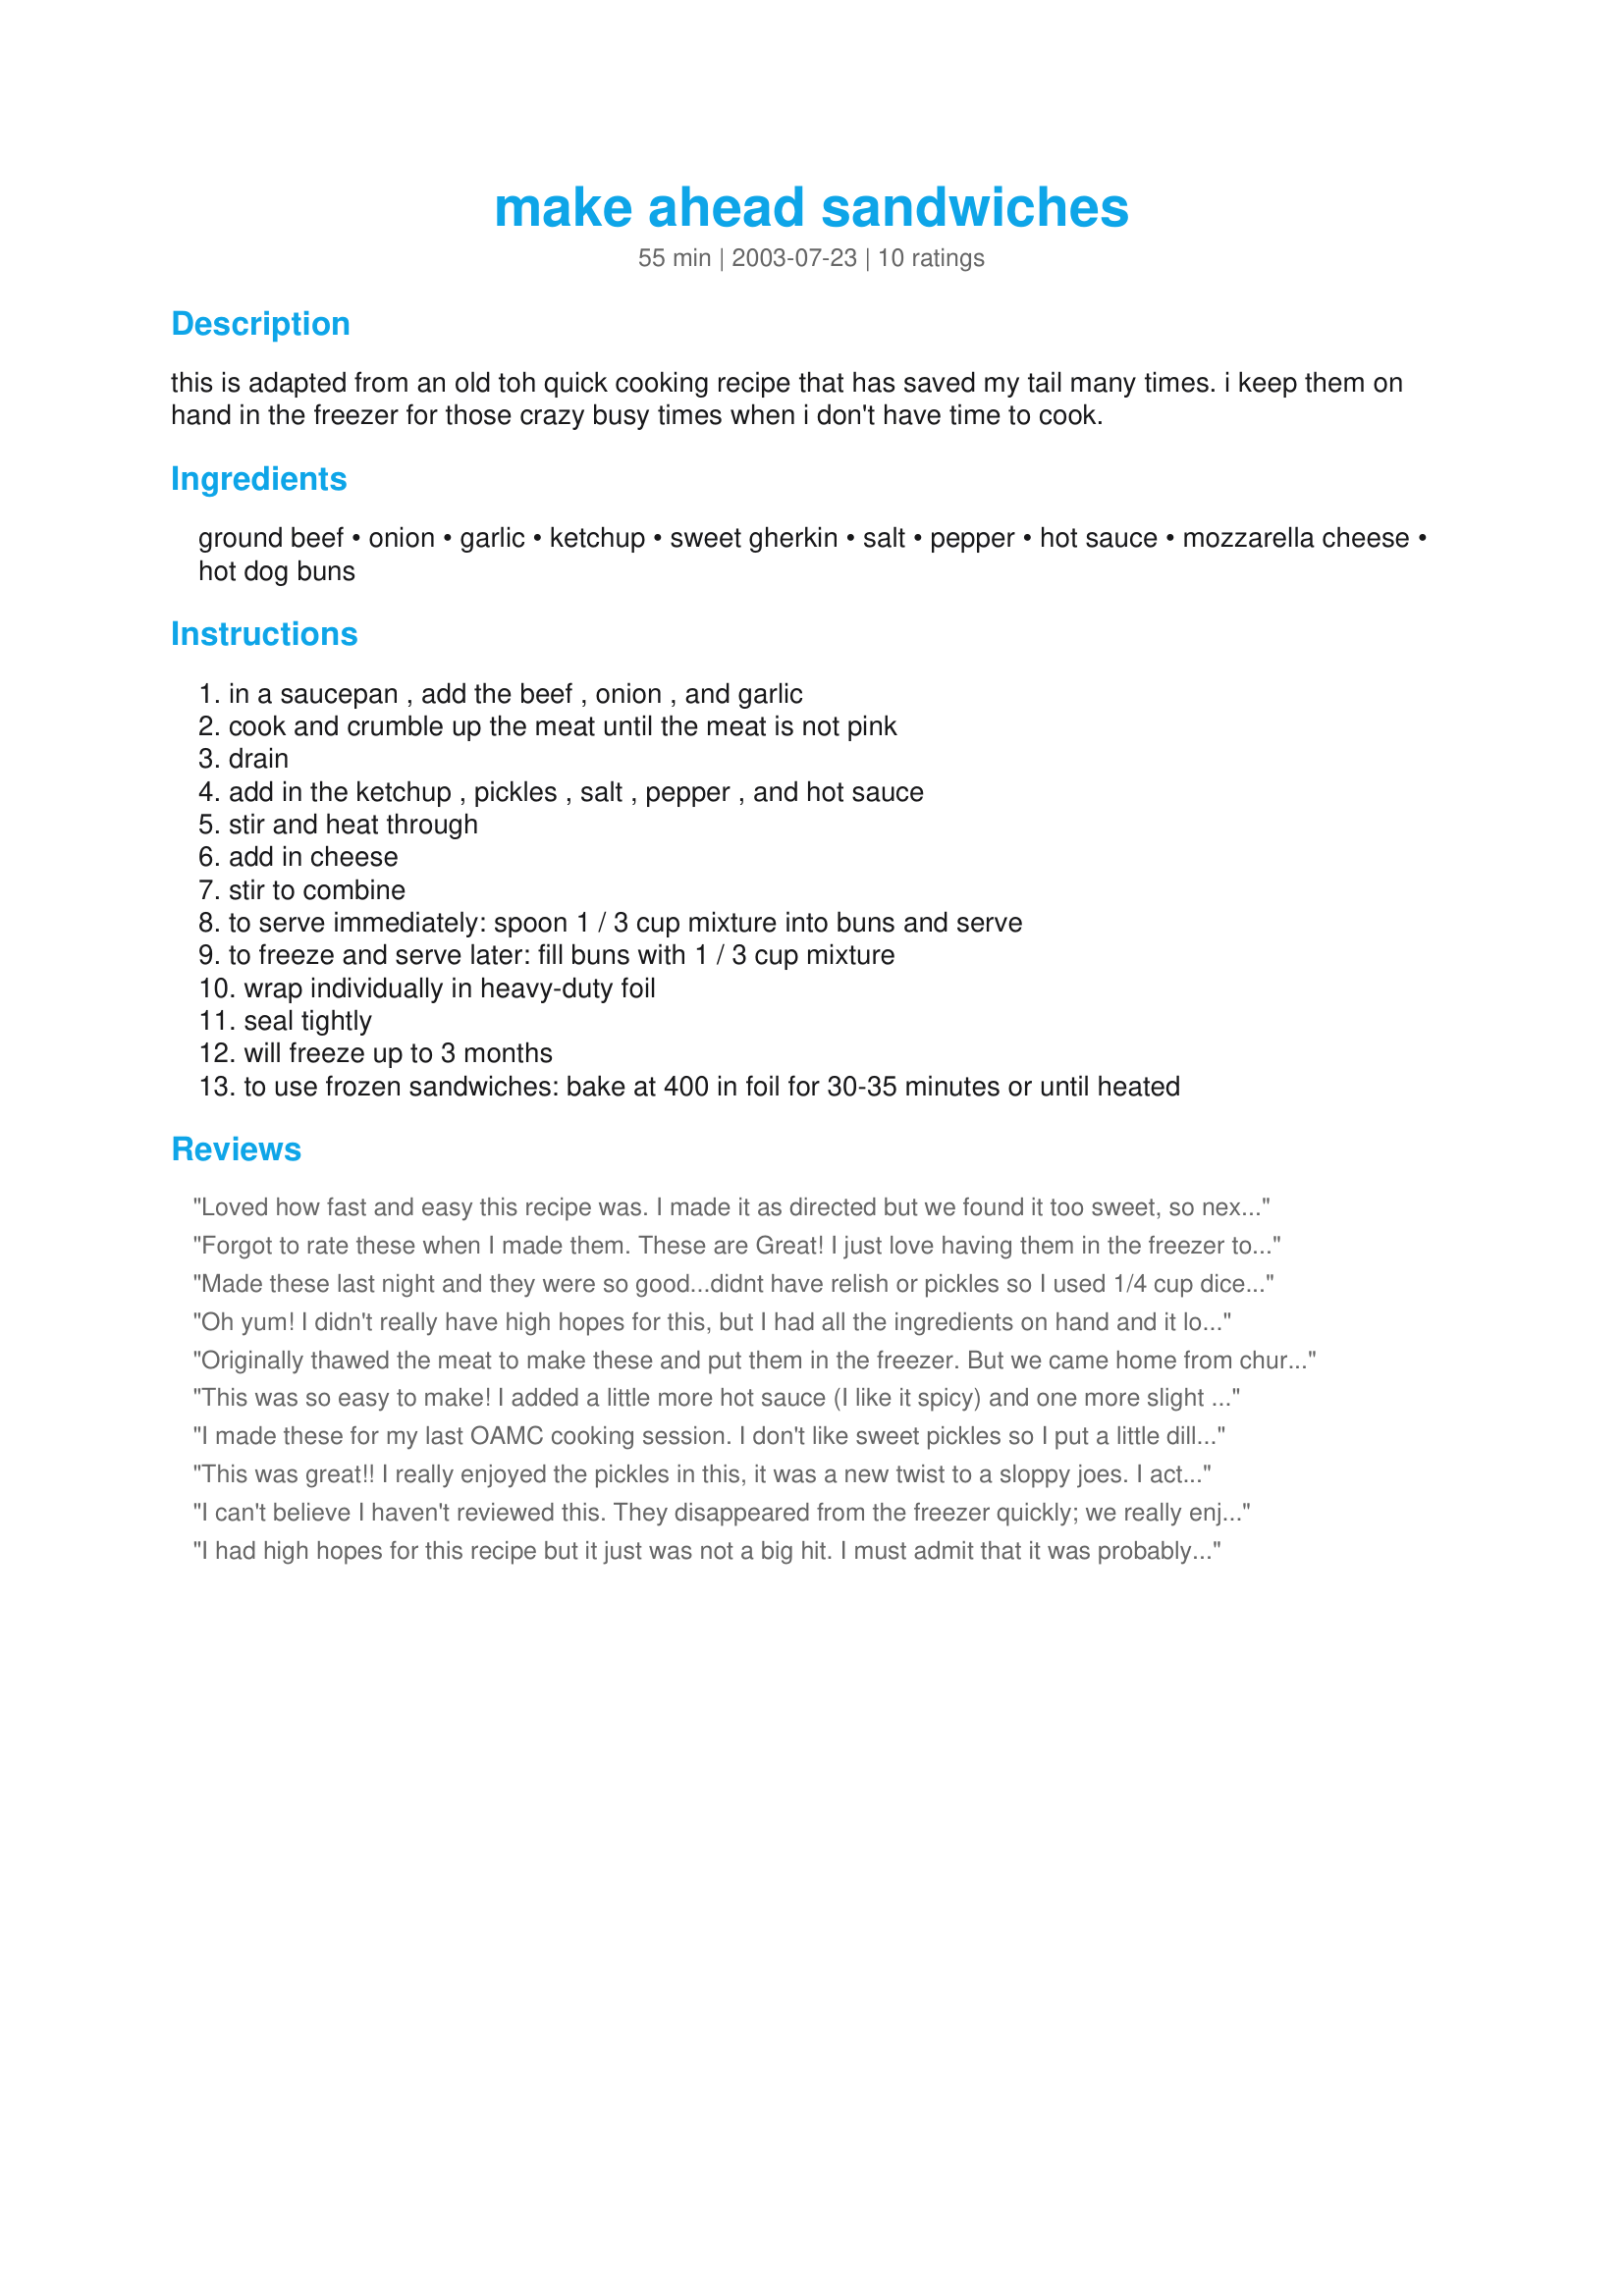
make ahead sandwiches
Preparation time: 55 minutes

this is adapted from an old toh quick cooking recipe that has saved my tail many times. i keep them on hand in the freezer for those crazy busy times when i don't have time to cook.

Ingredients:
ground beef, onion, garlic, ketchup, sweet gherkin, salt, pepper, hot sauce, mozzarella cheese, hot dog buns

Steps:
in a saucepan , add the beef , onion , and garlic, cook and crumble up the meat until the meat is not pink, drain, add in the ketchup , pickles , salt , pepper , and hot sauce, stir and heat through, add in cheese, stir to combine, to serve immediately: spoon 1 / 3 cup mixture into buns and serve, to freeze and serve later: fill buns with 1 / 3 cup mixture, wrap individually in heavy-duty foil, seal tightly, will freeze up to 3 months, to use frozen sandwiches: bake at 400 in foil for 30-35 minutes or until heated

Reviews:
Loved how fast and easy this recipe was. I made it as directed but we found it too sweet, so next time I will reduce the pickes. The kids said they'd be great in their lunches for school. Just ad some fruit and they're good to go.
Forgot to rate these when I made them. These are Great! I just love having them in the freezer to pull out. Had lots of snow lately & I didn't have to worry about what to fix.
Made these last night and they were so good...didnt have relish or pickles so I used 1/4 cup diced jalepenos...followed the rest exactly and got 14....thanks for such an easy plan ahead.
Oh yum! I didn't really have high hopes for this, but I had all the ingredients on hand and it looked like my kids would like it. I only had 1 pound of ground beef, so I used slightly less ketchup and pickles ( I also just used sweet hot dog relish because we are moving cross country in less than a month and I need to try to use up the condiments in the fridge). Anyway- the adults loved them more than the kids. Definitely a new addition to my permanent file. Man, I love RZ! Maybe next time some of these will actually make it to the freezer! Thank for sharing this!
Originally thawed the meat to make these and put them in the freezer. But we came home from church famished today and I wanted to spend the afternoon baking, so we decided to have a substantial lunch. Left out the pickles and hot sauce (no one but me eats sweet pickles and the kids have problems with hot) but these were quite tasty! Super easy to make. I hope to make again and be able to freeze some!
This was so easy to make! I added a little more hot sauce (I like it spicy) and one more slight handful of cheese. It made about 9 large hot dog buns full. I ate one as a test (freezing the rest) and my picky-eater hubby even gave it a thumbs up! Thank you!
I made these for my last OAMC cooking session. I don't like sweet pickles so I put a little dill relish in instead. Baked some from the freezer tonight and they were great! Thanks for sharing!
This was great!! I really enjoyed the pickles in this, it was a new twist to a sloppy joes. I actually got 14 sandwiches out of this batch, and none of the sandwiches where skipped one bit. I love the idea about freezing them, we will have a quick and easy meal later one. Thanks so much for sharing this recipe.
I can't believe I haven't reviewed this. They disappeared from the freezer quickly; we really enjoyed them. Thanks, NurseDi!
I had high hopes for this recipe but it just was not a big hit. I must admit that it was probably on my part b/c I used reg garlic and sweet relish instead of chopping up a sweet gherkin. Maybe I will try it again-following exactly.
